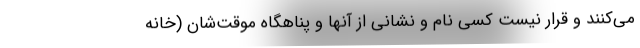
می‌کنند و قرار نیست کسی نام و نشانی از آنها و پناهگاه موقت‌شان (خانه